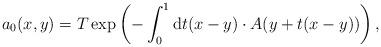
LaTeX: \begin{align*}a_0(x,y)=T\exp \left( -\int_0^1{\rm d}t(x-y)\cdot A(y+t(x-y))\right) ,\end{align*}